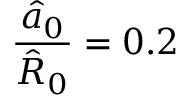
\frac { \hat { a } _ { 0 } } { \hat { R } _ { 0 } } = 0 . 2